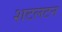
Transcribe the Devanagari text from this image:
शटलटन